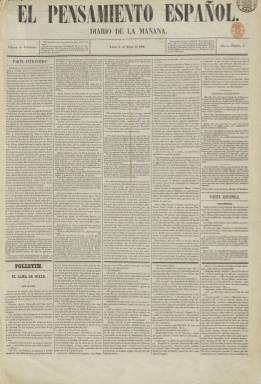
Título: El Pensamiento español (Madrid. 1860)
Colección: Periódicos || Carlismo
Ámbito geográfico: Madrid
Lugar de publicación: Madrid
Fechas: 02/01/1860-02/01/1874

Cronológicamente, es el tercer gran diario adscrito al neocatolicismo, al comenzar a publicarse el dos de enero de 1860, dos meses y medio antes de que fracasara el asalto militar del carlismo al poder, tras el cual abrazará la causa de la reconciliación y de acatamiento a la reina Isabel II (Gómez Aparicio: 1967). Los otros dos diarios tradicionalistas situados en la extrema derecha eran La Esperanza (1844-1874) y La Regeneración (1855-1873), compitiendo todos ellos entre sí. También, El Pensamiento español alcanzará pronto gran éxito que lo hará figurar entre los diarios de mayor circulación.

Fue fundado por Gabino Tejado (1819-1891), amigo y albacea de Juan Donoso Cortés (1809-1853), quien dejará su dirección a Francisco Navarro Villoslada (1818-1895). Entre sus “excelentes e intencionados” principales redactores estuvieron Eduardo González Pedroso, Esteban Garrido, Valentín Gómez, Juan Manuel Ortí y Lara, José Alonso Ibáñez (marqués de Santa Cruz de Inguanzo), Luis Echevarría, Valentín Gómez de Calatayud o Francisco de Asís Aguilar. Miguel Herrera de Tejada firmará como secretario de Redacción, y aparece como su editor responsable Manuel Tomás, en cuya imprenta empezará estampándose, para pasar pronto a la que Tejado tenía en la madrileña calle Silva.

Cuando aparece lleva el escueto subtítulo “diario de la mañana”, aunque en su información administrativa indica “diario político independiente”, que a partir del tres de abril de ese mismo año 1860 sustituirá por “diario de la tarde”, haciéndose vespertino al igual que sus correligionarios, con los que compite, a la vez que desaparecerá su sección de Guerra de África, al haber ésta terminado. Formalmente, es un periódico típico de cuatro páginas, compuestas a cinco columnas, en un buen papel de prensa. Desde el uno de enero de 1866 adoptará, sin embargo, un subtítulo más acorde con su ideario: “diario católico, apostólico y romano”, es decir, vaticanista, que lo mantiene a lo largo de su vida.

Según el citado Gómez Aparicio, fue un periódico que mostrará su repulsa contra los periódicos adversos, y será “incansable e imbatiblemente polemista”. Tras triunfar la Septembrina, Navarro Villoslada será encarcelado, junto a su hermano Ciriaco, que en esa época, además de redactor, ejercía de administrador del periódico. La revolución democrática le “volvió al legitimismo” y publicará el 11 de diciembre de ese año 1868 lo que se ha considerado como “uno de los textos básicos del carlismo en esos años” (Seoane: 1983), el artículo titulado El hombre que se necesita.

Cuando comenzó a publicarse lo hacía todos los días, excepto lo lunes (o los días de fiesta), tirando dos ediciones, una matinal (para Madrid) y otra vespertina (para provincias y el extranjero), comprendiendo ésta el parte oficial que la Gaceta de Madrid publicada el mismo día, así como los despachos telegráficos y noticias de interés recibidas por el correo. Sus secciones eran: Parte extranjera (con la subsección Despachos telegráficos), Parte española (con la de Provincias), Parte oficial de la Gaceta, el editorial o artículo de fondo (firmados por Navarro Villoslada o algún otro de sus principales redactores), Política exterior y Variedades. También tendrá sección de Cortes, y publicará el clásico folletín, en el faldón de las dos primeras páginas, así como la información sobre cultos, parte meteorológico, precios de los productos de consumo, la cotización de los fondos públicos y bursátiles y la cartelera de espectáculos de Madrid. Sus anuncios comerciales apenas ocupan las dos últimas columnas o el faldón de la última plana.

Durante el Sexenio Democrático, el carlismo representa uno de los frentes más poderosos, con casi un centenar de periódicos en provincias, cuyo periodismo nada tiene que envidiar en agresividad a los periódicos de la ultraizquierda, siendo El Pensamiento español el órgano del catolicismo ultraderechista y absolutista (Seoane: 1983), clasificación esta que también le otorga Hartzenbusch (1894). Combatirá, entre otras, la libertad de cátedra, y estará integrado, como no podía ser de otra forma, en el frente antiamadeista, y en 1872 con la extensión de la guerra carlista, publicará algunos suplementos dominicales. En marzo de este año, Navarro Villoslada, que había sido diputado y senador entre 1869 y 1871 por el tradicionalismo y se muestra contrario a la designación de Cándido Nocedal como máximo responsable del partido, es sustituido en la dirección del periódico por Luis Echevarría.

En la colección de la Biblioteca Nacional de España (BNE) falta el año 1864 completo de este título, cuyo último número corresponde al dos de enero de 1874. Tras el golpe de Estado del general Manuel Pavía, el día cuatro, el nuevo Gobierno publica una circular sobre prensa, por la que quedan suprimidos en bloque los periódicos carlistas y cantonales. A partir del día ocho aparecerá en su lugar El Mundo, que, manteniendo el mismo subtítulo: “diario católico, apostólico y romano”, y de corta vida, también forma parte de la colección de la BNE. Así mismo, existe una colección de una “edición semanal” de El Pensamiento español, de 1867.

Con este título volverá a publicarse un “diario tradicionalista” –este es su subtítulo– entre 1919 y1922, que forma también parte de la colección de la BNE. Será fundado por Juan Vázquez de Mella (1861-1928), cuando el ideólogo carlista y sus seguidores se separen del partido jaimista, cuyas desavenencias habían comenzado en 1914 por su postura germanófila contra la aliadófila del pretendiente Jaime III, Jaime de Borbón y Borbón-Parma (1870-1831). Los redactores de este nuevo El Pensamiento español habían abandonado o sido expulsados previamente de El Correo español (Madrid: 1888-1921) y fue portavoz del Partido Católico Tradicionalista, fundado así mismo por Vázquez de Mella en ese año 1919, cuyos seguidores terminaron reintegrándose, en 1931, en la Comunión Tradicionalista.

Entre otra bibliografía de referencia, véase también la obra El cisma mellista (2010), de J.R. de Andrés Martín, y la tesis doctoral de la Universidad de Navarra sobre Vázquez de Mella, de Fernando Llergo Bay (2016).